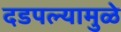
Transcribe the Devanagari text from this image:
दडपल्यामुळे